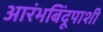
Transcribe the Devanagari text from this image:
आरंभबिंदूपाशी